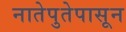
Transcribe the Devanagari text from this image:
नातेपुतेपासून